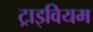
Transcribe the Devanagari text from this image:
ट्राइवियम